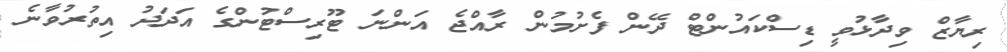
ރިޔާޒް ވިދާޅުވީ ޑިސްކައުންޓް ދޭން ފެށުމުން ރާއްޖެ އަންނަ ޓޫރިސްޓުންގެ އަދަދު އިތުރުވާނެ